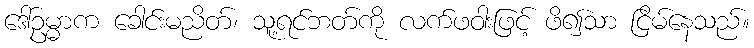
ဒေါ်ဥမ္မာက ခေါင်းမညိတ်၊ သူ့ရင်ဘတ်ကို လက်ဖဝါးဖြင့် ဖိ၍သာ ငြိမ်နေသည်။